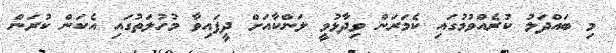
މި ބައްދަލު ކުރެއްވުމުގައި ކެމަރަން ވިދާޅުވީ ލަންކާއަށް ދީފައިވާ މުހުލަތުގައި އެކަން ކުރަން